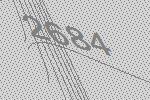
2684